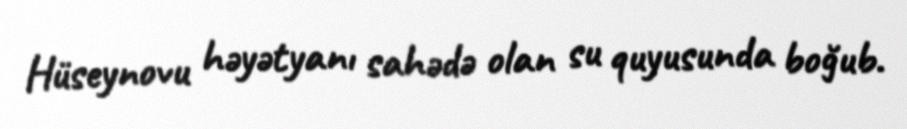
Hüseynovu həyətyanı sahədə olan su quyusunda boğub.